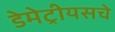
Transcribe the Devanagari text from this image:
डेमेट्रीयसचे